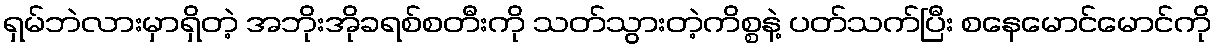
ရှမ်ဘဲလားမှာရှိတဲ့ အဘိုးအိုခရစ်စတီးကို သတ်သွားတဲ့ကိစ္စနဲ့ ပတ်သက်ပြီး စနေမောင်မောင်ကို